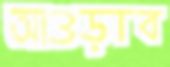
আওড়াব